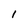
Character: I